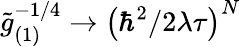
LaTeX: \tilde{g}_{(1)}^{-1/4}\to\left(\hbar^{2}/2\lambda\tau\right)^{N}